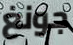
جونغ